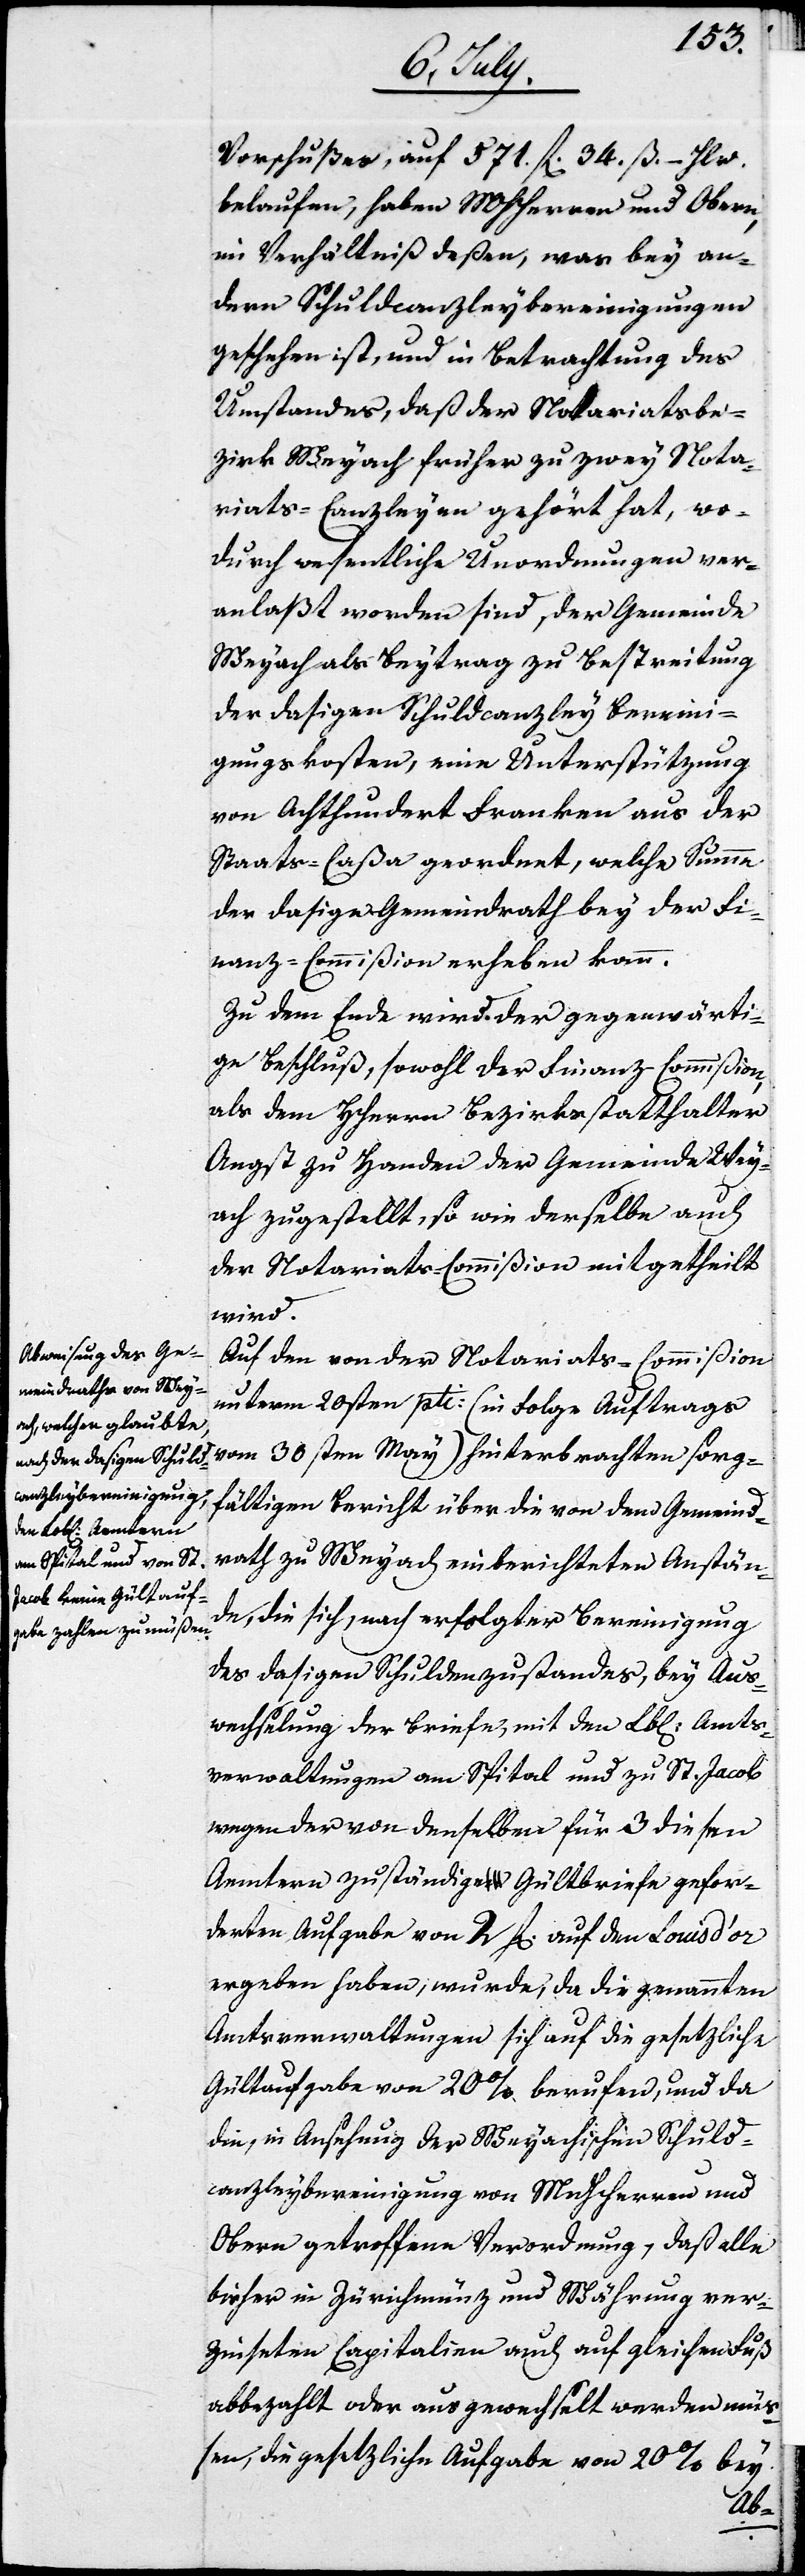
Vorschußes, auf 571. fl. 34. ß. – Hlr.
belaufen, haben MHHerren und Obern
im Verhältniß deßen, was bey an¬
dern Schuldcanzleybereinigungen
geschehen ist, und in Betrachtung des
Umstandes, daß der Notariatsbe¬
zirk Weyach früher zu zwey Nota¬
riats-Canzleyen gehört hat, wo¬
durch wesentliche Unordnungen ver¬
anlaßt worden sind, der Gemeinde
Weyach als Beytrag zu Bestreitung
der dasigen Schuldcanzleybereini¬
gungskosten, eine Unterstützung
von Achthundert Franken aus der
Staats-Caßa geordnet, welche Summe
der dasige Gemeindrath bey der Fi¬
nanz-Commißion erheben kann.
Zu dem Ende wird der gegenwärti¬
ge Beschluß, sowohl der Finanz-Commißion,
als dem Herrn Bezirksstatthalter
Angst zu Handen der Gemeinde Wey¬
ach zugestellt, so wie derselbe auch
der Notariats-Commißion mitgetheilt
wird.
Auf den von der Notariats-Commißion
unterm 20sten pti. (in Folge Auftrags
vom 30sten May) hinterbrachten sorg¬
fältigen Bericht über die von dem Gemeind¬
rath Weyach einberichteten Anstän¬
de, die sich, nach erfolgter Bereinigung
des dasigen Schuldzustandes, bey Aus¬
wechselung der Briefe, mit den Lobl. Amts¬
verwaltungen im Spital und zu St. Jacob
wegen der von denselben für 3. diesen
Aemtern zuständige Gültbriefe gefor¬
derten Aufgabe von 2. fl auf den Louis d’Or
ergeben haben, wurde, da die genannten
Amtsverwaltungen sich auf die gesetzliche
Gültaufgabe von 20 % berufen, und da
die, in Ansehung der Weyachischen Schuld¬
canzleybereinigungen von MHHerren und
Obern getroffene Verordnung, daß alle
bisher in Zürichmünz und Währung ver¬
zeichneten Capitalien auch auf gleichen Fuß
abbezahlt oder ausgewechselt werden mü¬
ßen, die gesetzliche Aufgabe von 20 % bey